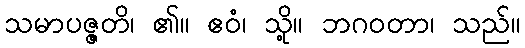
သမာပဇ္ဇတိ၊ ၏။ ဧဝံ၊ သို့။ ဘဂဝတာ၊ သည်။